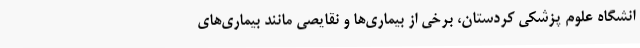
انشگاه علوم پزشکی کردستان، برخی از بیماری‌ها و نقایصی مانند بیماری‌های